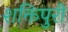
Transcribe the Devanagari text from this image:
शक्तिपुरी